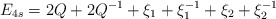
\begin{align*}E_{4s}=2Q+2Q^{-1}+\xi _{1}+\xi _{1}^{-1}+\xi _{2}+\xi _{2}^{-1}\end{align*}